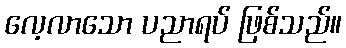
လေ့လာသော ပညာရပ် ဖြစ်သည်။